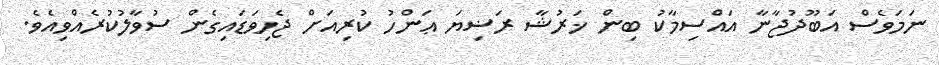
ނަމަވެސް އަބޫދުޖާނާ އައްސިމާކު ބިން ޚަރުޝާ ރަޟިޔަ ޢަންހު ކުރިއަށް ޖެހިވަޑައިގެން ސުވާލުކުރެއްވިއެވެ.